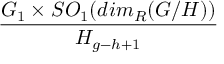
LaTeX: \frac { G _ { 1 } \times S O _ { 1 } ( d i m _ { R } ( G / H ) ) } { H _ { g - h + 1 } }